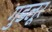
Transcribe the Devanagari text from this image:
गुडलूर